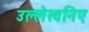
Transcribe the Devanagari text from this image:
उल्लेखनिए